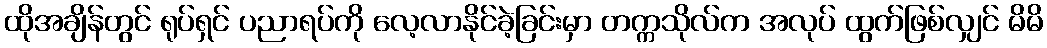
ထိုအချိန်တွင် ရုပ်ရှင် ပညာရပ်ကို လေ့လာနိုင်ခဲ့ခြင်းမှာ တက္ကသိုလ်က အလုပ် ထွက်ဖြစ်လျှင် မိမိ